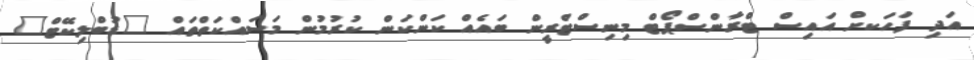
އަދި ފަހަކށް އައިސް ޓްރާންސްޕޯޓް މިނިސްޓްރީން ބައެއް ކަންކަން ކުރުމުން މަސައްކަތްތައް "ޑުބްލިކޭޓް"